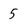
Character: 5